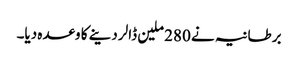
برطانیہ نے 280 ملین ڈالر دینے کا وعدہ دیا۔